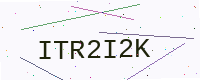
Text: ITR2I2K